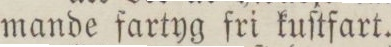
mande fartyg fri kuſtfart.